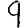
Digit: 9